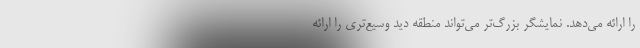
را ارائه می‌دهد. نمایشگر بزرگ‌تر می‌تواند منطقه دید وسیع‌تری را ارائه